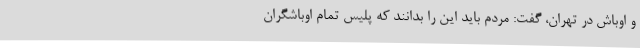
و اوباش در تهران، گفت: مردم باید این را بدانند که پلیس تمام اوباشگران